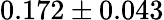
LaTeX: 0.172\pm 0.043